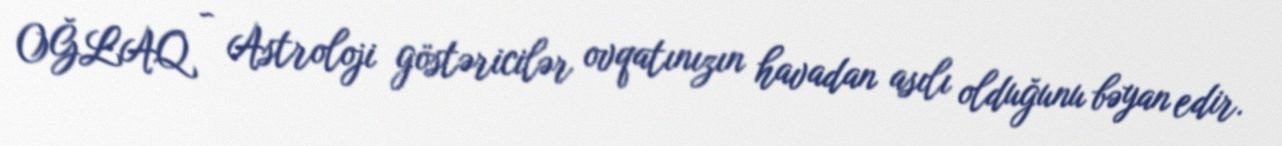
OĞLAQ - Astroloji göstəricilər ovqatınızın havadan asılı olduğunu bəyan edir.